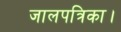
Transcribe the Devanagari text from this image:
जालपत्रिका।